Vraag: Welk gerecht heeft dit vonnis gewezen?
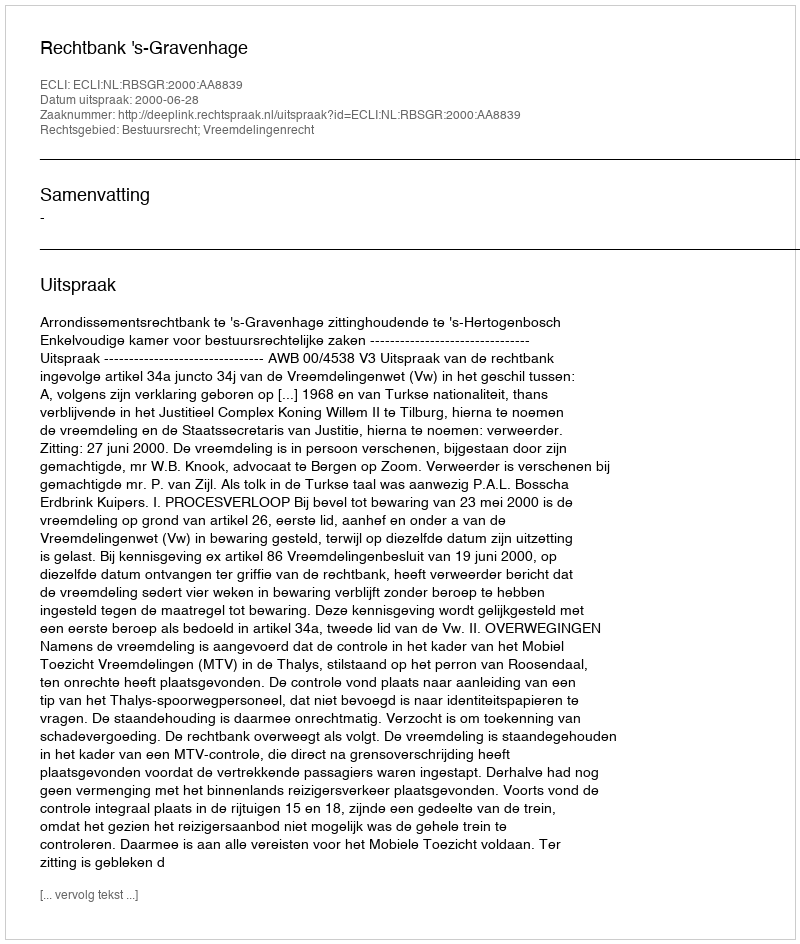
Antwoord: Rechtbank 's-Gravenhage